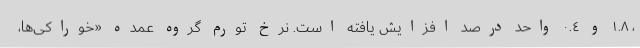
، ١.٨ و ٠.٤ واحد درصد افزایش یافته است. نرخ تورم گروه عمده «خوراکی‌ها،